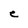
Character: C